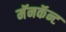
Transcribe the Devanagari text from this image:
मॅनकॅन्ट